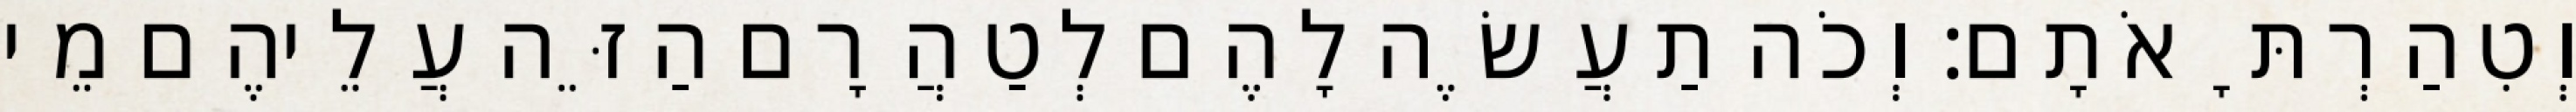
וְטִהַרְתָּ אֹתָם׃ וְכֹה תַעֲשֶׂה לָהֶם לְטַהֲרָם הַזֵּה עֲלֵיהֶם מֵי